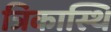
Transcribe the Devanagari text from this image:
त्रिकास्थि